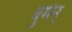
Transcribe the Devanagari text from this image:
बुर्मन्